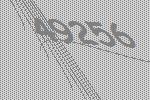
49256